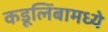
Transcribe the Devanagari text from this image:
कडूलिंबामध्ये